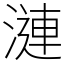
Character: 漣